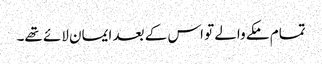
تمام مکے والے تو اس کے بعد ایمان لائے تھے۔